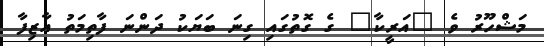
މަޝްހޫރު ވެ "އަރީކާ" ގެ ގޮތުގައި ގިނަ ބަޔަކު ދަންނަ ފާތިމަތު އާޒިފާ